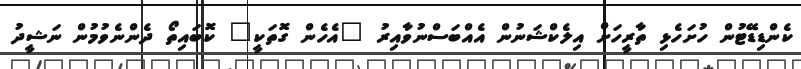
ކެންޑިޑޭޓުން ހުށަހެޅި ތާރީހަށް އިލެކްޝަނުން އެއްބަސްނުވާއިރު "އެހެން ގޮތަކީ" ކޮބައިތޯ ދެންނެވުމުން ނަޝީދު